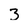
Character: 3